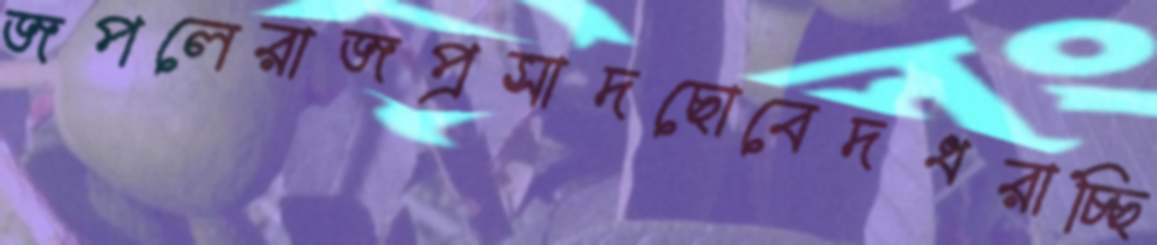
জপলেরাজপ্রসাদছোবেদধরাচ্ছি